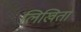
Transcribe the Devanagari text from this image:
लिखिता